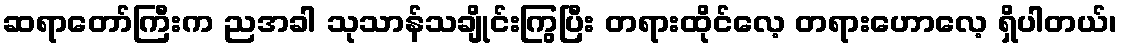
ဆရာတော်ကြီးက ညအခါ သုသာန်သချိုင်းကြွပြီး တရားထိုင်လေ့ တရားဟောလေ့ ရှိပါတယ်၊